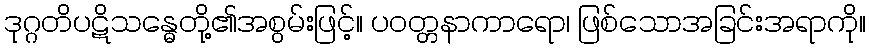
ဒုဂ္ဂတိပဋိသန္ဓေတို့၏အစွမ်းဖြင့်။ ပဝတ္တနာကာရော၊ ဖြစ်သောအခြင်းအရာကို။